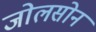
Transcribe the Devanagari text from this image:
जोलसोन